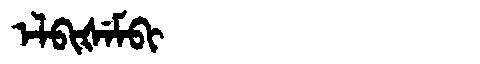
Manchu: ᡝᠯᠪᡳᡧᡝᠮᠪᡳ
Romanization: ELBIŠEMBI